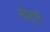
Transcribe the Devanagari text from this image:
नोट्‍स